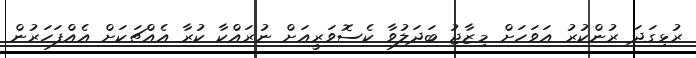
ރުޅިގަދަ ރުންކުރު އަވަހަށް މިޒާޖު ބަދަލުވާ ކެސޮވަރީއަށް ނުރައްކާ ކުރާ އެއްޗަކަށް އެއްފަހަރުން